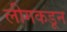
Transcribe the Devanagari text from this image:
लीगकडून